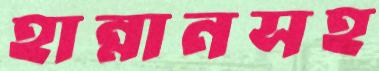
হান্নানসহ